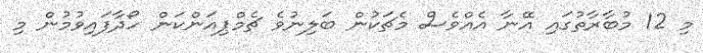
މި 12 މުބާރާތުގައި އޭނާ އެއްވެސް މެޗަކުން ބަލިނުވެ ޗެމްޕިއަންކަން ހޯދާފައިވުމުން މި